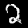
Label: 2